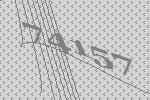
74157